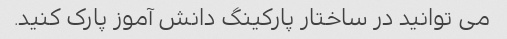
می توانید در ساختار پارکینگ دانش آموز پارک کنید.